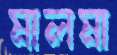
মালমা